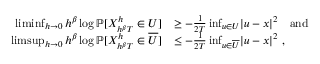
\begin{array} { r l } { \operatorname* { l i m i n f } _ { h \rightarrow 0 } h ^ { \beta } \log \mathbb { P } [ X _ { h ^ { \beta } T } ^ { h } \in U ] } & { \geq - \frac { 1 } { 2 T } \operatorname* { i n f } _ { u \in U } \lvert u - x \rvert ^ { 2 } \quad \mathrm { a n d } } \\ { \operatorname* { l i m s u p } _ { h \rightarrow 0 } h ^ { \beta } \log \mathbb { P } [ X _ { h ^ { \beta } T } ^ { h } \in \overline { { U } } ] } & { \leq - \frac { 1 } { 2 T } \operatorname* { i n f } _ { u \in \overline { { U } } } \lvert u - x \rvert ^ { 2 } \ , } \end{array}